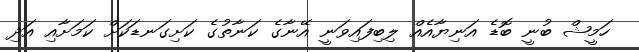
ހަމީޝް ބުނީ ބޮޑެ އަނިޔާއެއް ލިބިފައިވަނީ އޭނާގެ ކަނާތުގެ ކަށިގަނޑަކަށް ކަމަށާއި އަދި